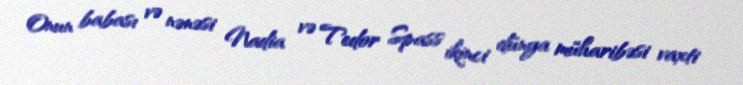
Onun babası və nənəsi Nadia və Tedor Spass ikinci dünya müharibəsi vaxti